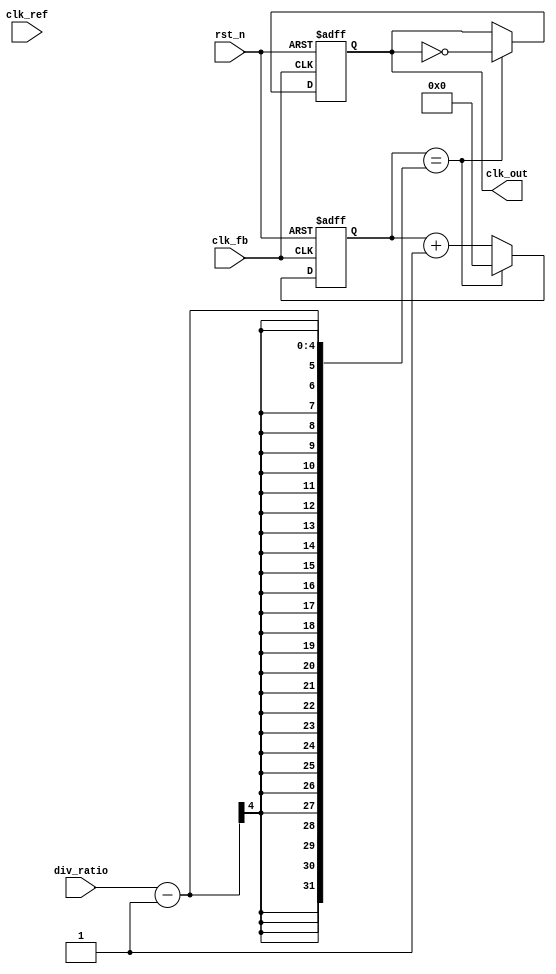
module cp_pll (
    input wire clk_ref,           // Reference clock input
    input wire clk_fb,            // Feedback clock input
    input wire rst_n,             // Active low reset
    input wire [3:0] div_ratio,   // Division ratio for feedback divider
    output reg clk_out            // Output clock
);

// PFD signals
reg up, down;
reg clk_ref_d, clk_fb_d;

// Charge Pump signals
reg [7:0] charge_pump_current; // Charge pump current
reg charge_pump_enable;

// Loop Filter signals
reg [15:0] loop_filter_voltage; // Voltage from loop filter

// VCO signals
reg [15:0] vco_frequency;        // VCO frequency
reg [15:0] vco_control_voltage;  // Control voltage for VCO

// Feedback Divider
reg [3:0] feedback_counter;

// PFD Implementation
always @(posedge clk_ref or negedge rst_n) begin
    if (!rst_n) begin
        up <= 0;
        down <= 0;
        clk_ref_d <= 0;
        clk_fb_d <= 0;
    end else begin
        clk_ref_d <= clk_ref;
        clk_fb_d <= clk_fb;
        if (clk_ref_d && !clk_ref) begin
            if (!clk_fb_d) begin
                up <= 1; // Reference clock is leading
                down <= 0;
            end else begin
                up <= 0;
                down <= 0; // No action
            end
        end else if (clk_fb_d && !clk_fb) begin
            if (!clk_ref_d) begin
                down <= 1; // Feedback clock is leading
                up <= 0;
            end else begin
                down <= 0;
                up <= 0; // No action
            end
        end else begin
            up <= 0;
            down <= 0; // No action
        end
    end
end

// Charge Pump Implementation
always @(posedge clk_ref or negedge rst_n) begin
    if (!rst_n) begin
        charge_pump_current <= 0;
        charge_pump_enable <= 0;
    end else begin
        if (up) begin
            charge_pump_current <= charge_pump_current + 1; // Increase current
        end else if (down) begin
            charge_pump_current <= charge_pump_current - 1; // Decrease current
        end
        charge_pump_enable <= up || down; // Enable charge pump if UP or DOWN
    end
end

// Loop Filter Implementation (Simple Integrator)
always @(posedge clk_ref or negedge rst_n) begin
    if (!rst_n) begin
        loop_filter_voltage <= 0;
    end else begin
        if (charge_pump_enable) begin
            loop_filter_voltage <= loop_filter_voltage + charge_pump_current; // Integrate current
        end
    end
end

// VCO Implementation
always @(posedge clk_ref or negedge rst_n) begin
    if (!rst_n) begin
        vco_control_voltage <= 0;
        vco_frequency <= 0;
    end else begin
        vco_control_voltage <= loop_filter_voltage; // Control voltage from loop filter
        // Simple frequency control based on control voltage
        vco_frequency <= vco_control_voltage; // This should be scaled appropriately
    end
end

// Feedback Divider Implementation
always @(posedge clk_fb or negedge rst_n) begin
    if (!rst_n) begin
        feedback_counter <= 0;
        clk_out <= 0;
    end else begin
        if (feedback_counter == div_ratio - 1) begin
            clk_out <= ~clk_out; // Toggle output clock
            feedback_counter <= 0; // Reset counter
        end else begin
            feedback_counter <= feedback_counter + 1; // Increment counter
        end
    end
end

endmodule